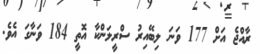
ރާއްޖެ އަށް 177 ވަނަ ލިބޭއިރު ސްރީލަންކާ އޮތީ 184 ވަނާގަ އެވެ.